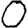
Digit: 0